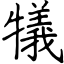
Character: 犠